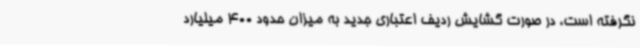
نگرفته است، در صورت گشایش ردیف اعتباری جدید به میزان حدود 400 میلیارد